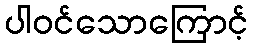
ပါဝင်သောကြောင့်